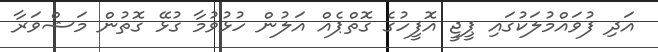
އަދި ފުވައްމުލަކުގައި ޕީޖީ އޮފީހުގެ ގޮތްޕެއް އަލުން ހުޅުވުމާ ގުޅޭ ގޮތުން މަޝްވަރާ